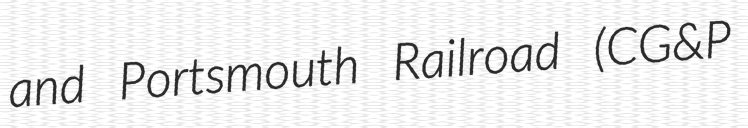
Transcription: and Portsmouth Railroad (CG&P